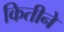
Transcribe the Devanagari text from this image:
कितीने